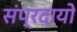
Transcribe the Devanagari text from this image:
संप्रदायो